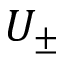
U _ { \pm }